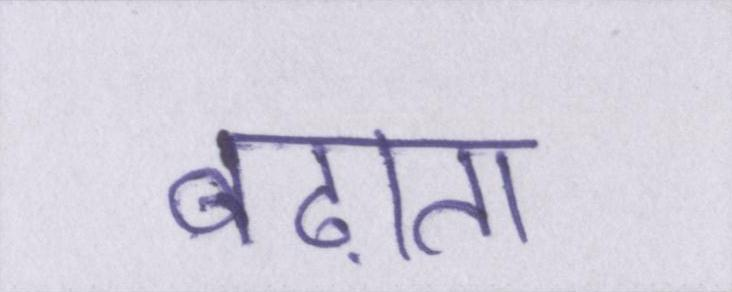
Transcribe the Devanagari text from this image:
बढ़ाता